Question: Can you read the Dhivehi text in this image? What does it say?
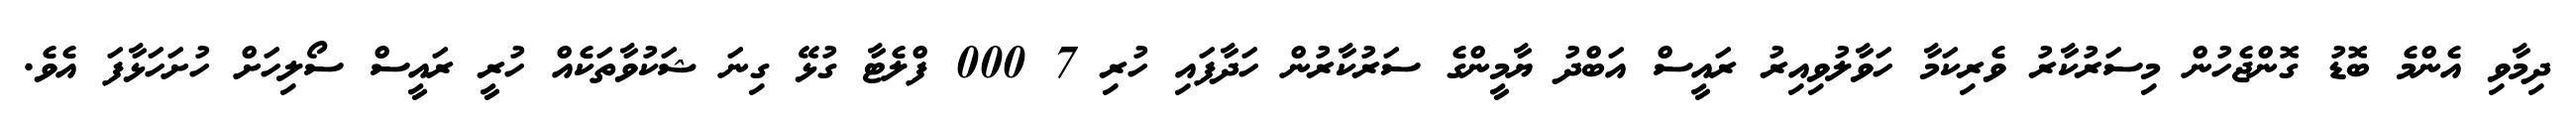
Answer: ދިމާވި އެންމެ ބޮޑު ގޮންޖެހުން މިސަރުކާރު ވެރިކަމާ ހަވާލުވިއިރު ރައީސް އަބްދު ޔާމީންގެ ސަރުކާރުން ހަދާފައި ހުރި 7 000 ފްލެޓާ ގުޅޭ ގިނަ ޝަކުވާތަކެއް ހުރީ ރައީސް ސޯލިހަށް ހުށަހަޅާފަ އެވެ.